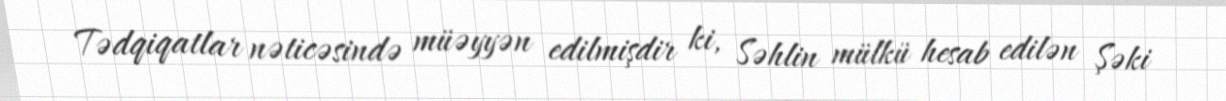
Tədqiqatlar nəticəsində müəyyən edilmişdir ki, Səhlin mülkü hesab edilən Şəki